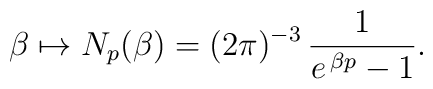
\beta \mapsto N_p(\beta) = (2\pi)^{-3} \, \frac{1}{e^{\, \beta p} - 1}.